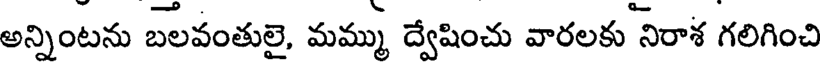
అన్నింటను బలవంతులై, మమ్ము ద్వేషించు వారలకు నిరాశ గలిగించి